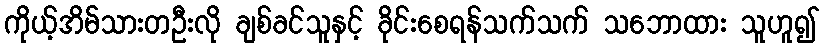
ကိုယ့်အိမ်သားတဦးလို ချစ်ခင်သူနှင့် ခိုင်းစေရန်သက်သက် သဘောထား သူဟူ၍